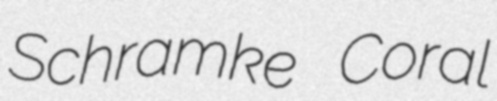
Schramke Coral